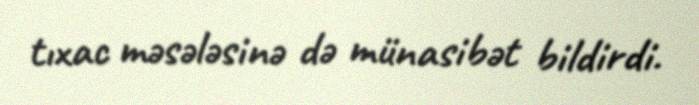
tıxac məsələsinə də münasibət bildirdi.